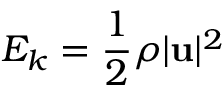
E _ { k } = \frac { 1 } { 2 } \rho \vert \mathbf { u } \vert ^ { 2 }